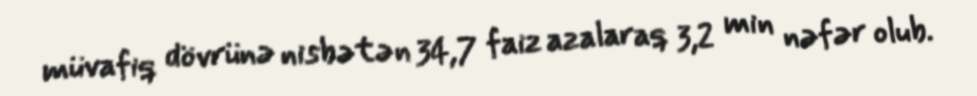
müvafiq dövrünə nisbətən 34,7 faiz azalaraq 3,2 min nəfər olub.